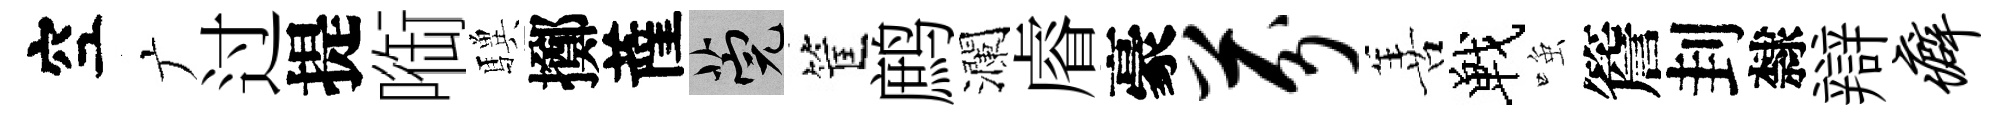
空广过提㗸驥擲薩筦筐鹧瀾𥈠豪芬善戰𫪻簷刲隸辯癖